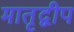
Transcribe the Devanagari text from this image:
मातृद्वीप